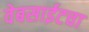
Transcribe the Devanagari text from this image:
वेबसाईटचा